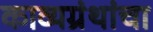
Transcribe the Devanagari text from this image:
काव्यग्रंथांचा